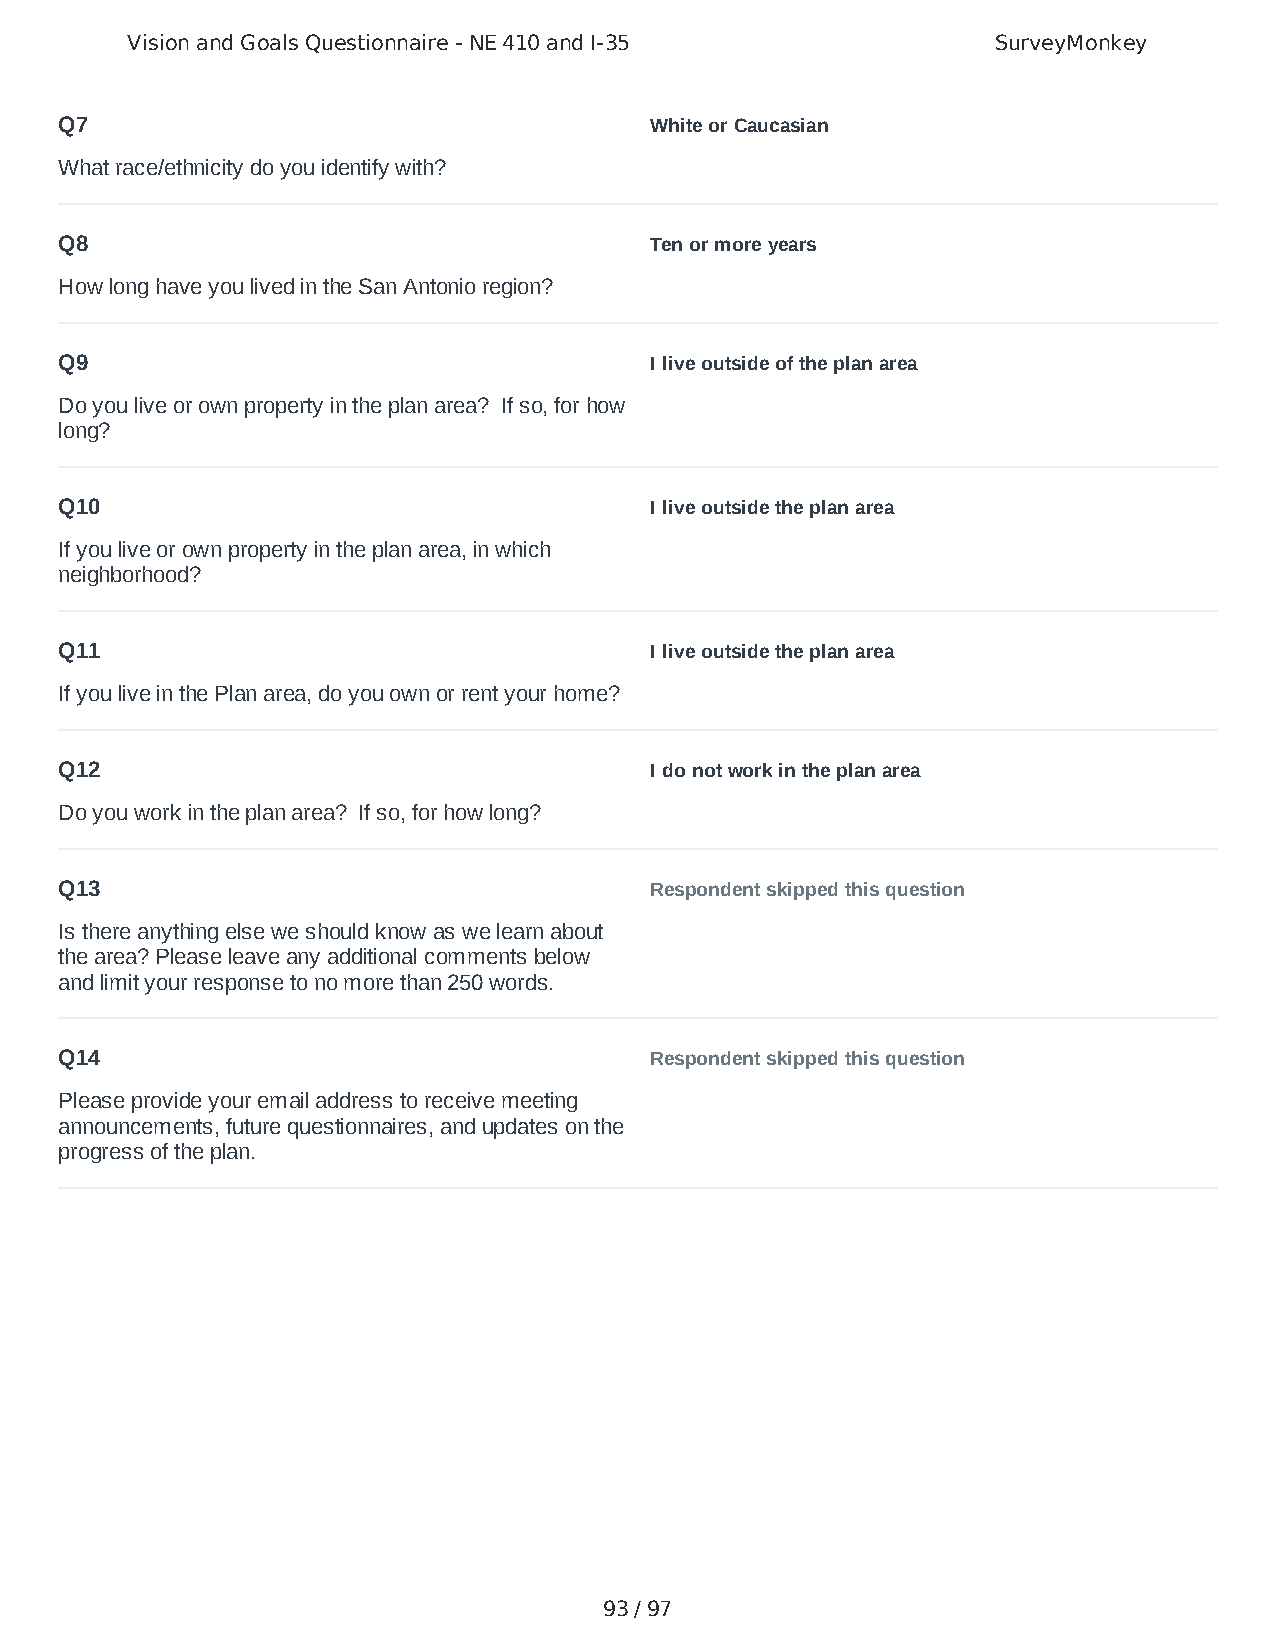
Vision and Goals Questionnaire - NE 410 and I-35          SurveyMonkey
 Q7                                     White or Caucasian
 What race/ethnicity do you identify with?
 Q8                                     Ten or more years
 How long have you lived in the San Antonio region?
 Q9                                     I live outside of the plan area
 Do you live or own property in the plan area? If so, for how
 long?
 Q10                                    I live outside the plan area
 If you live or own property in the plan area, in which
 neighborhood?
 Q11                                    I live outside the plan area
 If you live in the Plan area, do you own or rent your home?
 Q12                                    I do not work in the plan area
 Do you work in the plan area? If so, for how long?
 Q13                                    Respondent skipped this question
 Is there anything else we should know as we learn about
 the area? Please leave any additional comments below
 and limit your response to no more than 250 words.
 Q14                                    Respondent skipped this question
 Please provide your email address to receive meeting
 announcements, future questionnaires, and updates on the
 progress of the plan.
 93 / 97